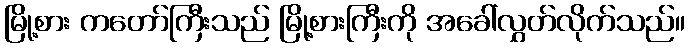
မြို့စား ကတော်ကြီးသည် မြို့စားကြီးကို အခေါ်လွှတ်လိုက်သည်။